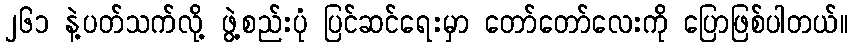
၂၆၁ နဲ့ပတ်သက်လို့ ဖွဲ့စည်းပုံ ပြင်ဆင်ရေးမှာ တော်တော်လေးကို ပြောဖြစ်ပါတယ်။